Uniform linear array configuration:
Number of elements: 12
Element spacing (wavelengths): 0.75
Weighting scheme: hann
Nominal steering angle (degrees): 15
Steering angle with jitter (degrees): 15.054
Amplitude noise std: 0.05
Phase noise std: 0.05

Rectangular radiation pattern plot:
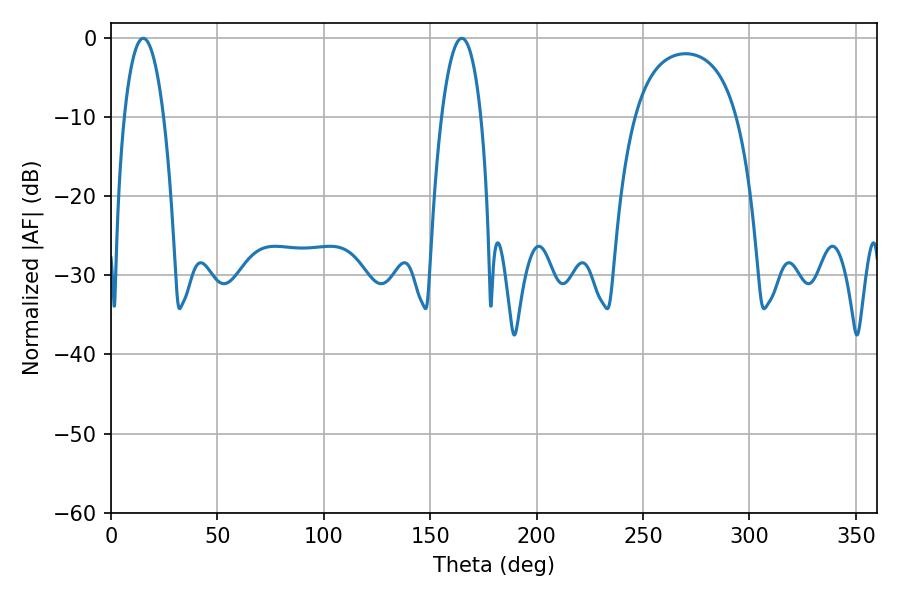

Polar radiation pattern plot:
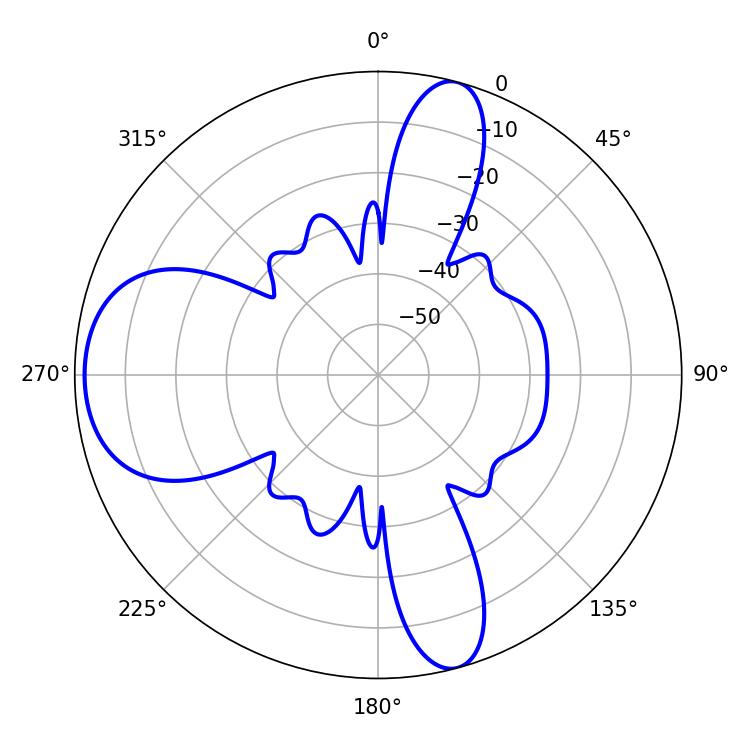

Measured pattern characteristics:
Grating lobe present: TRUE
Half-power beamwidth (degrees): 10.26
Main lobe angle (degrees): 15.12